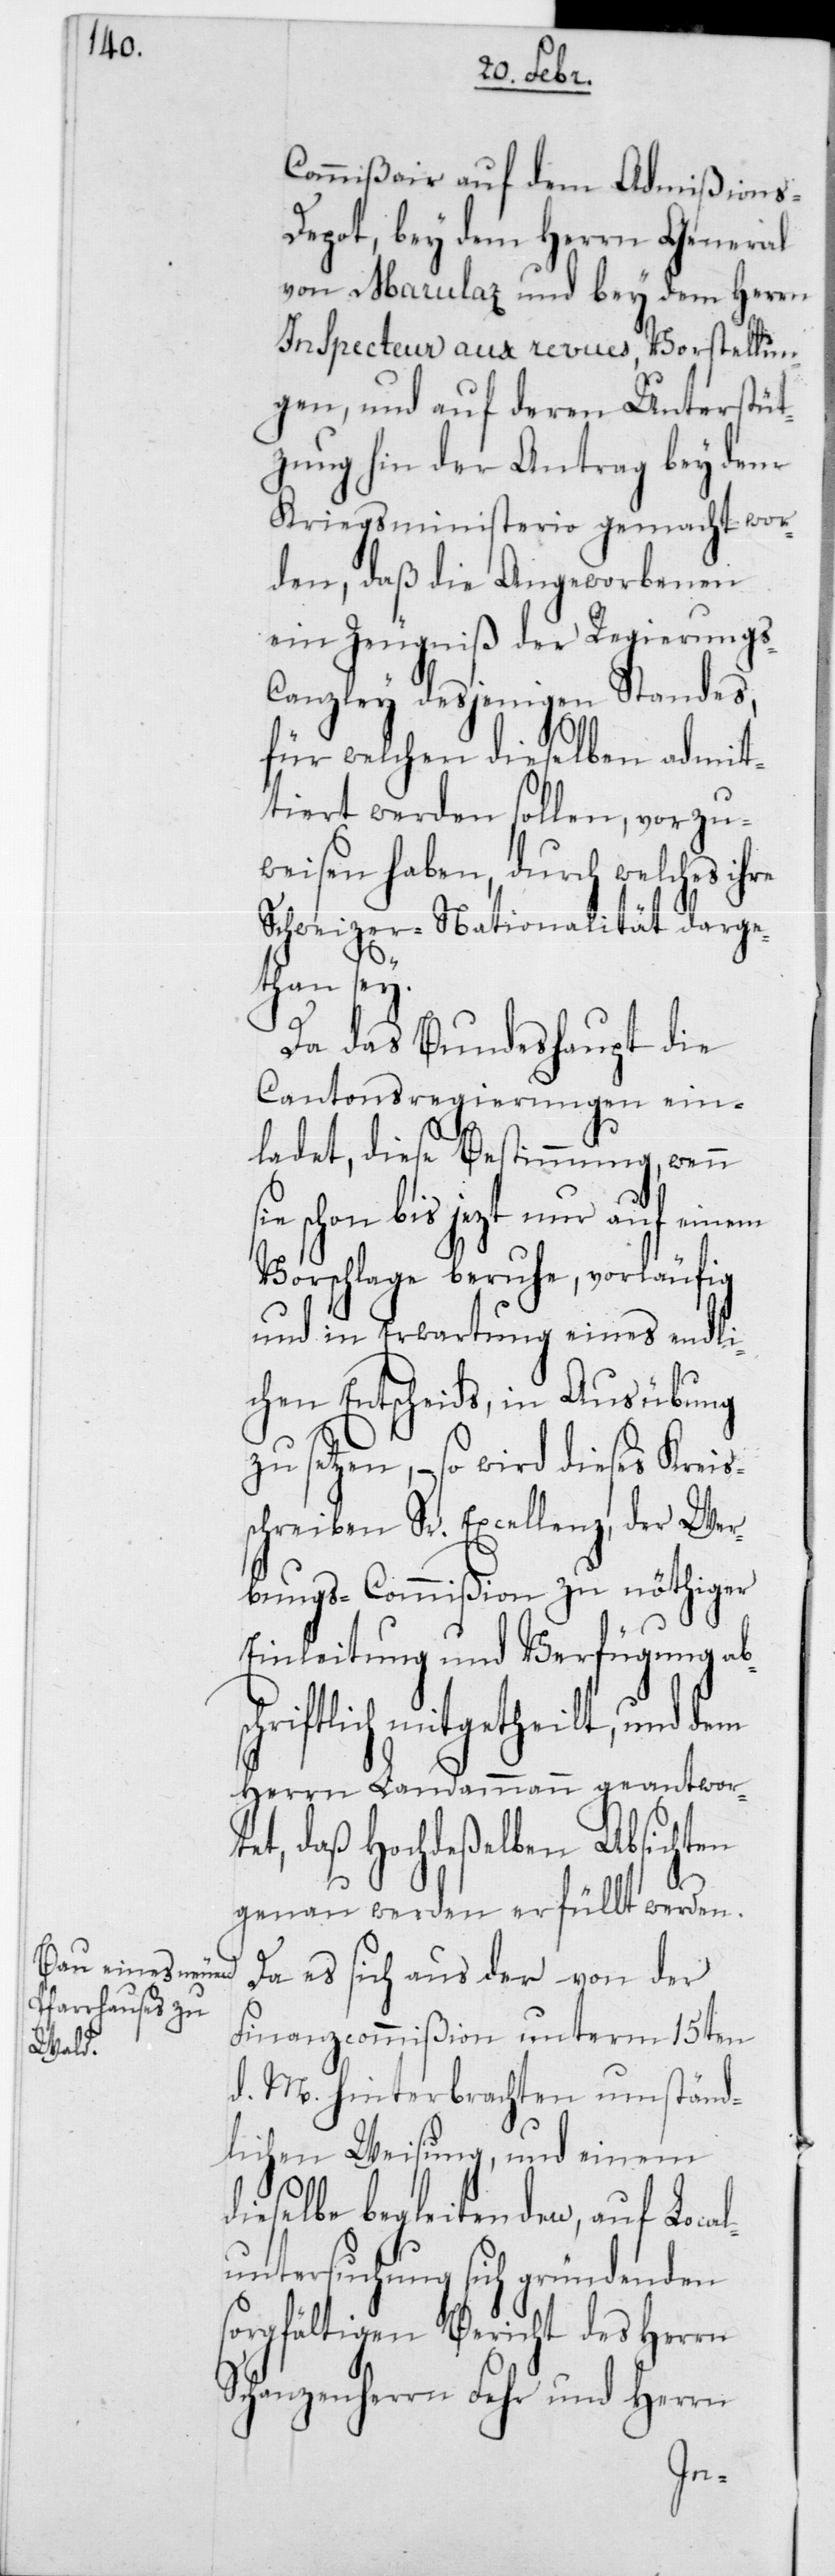
Commißair auf dem Admißions-D¬
epot, bey dem Herrn General
von Marulaz und bey dem Herrn
Inspecteur aux revues, Vorstellun¬
gen, und auf deren Unterstüt¬
zung hin der Antrag bey dem
Kriegsministerio gemacht wor¬
den, daß die Angeworbenen
ein Zeugniß der Regierung¬
anzley desjenigen Standes,
für welchen dieselben admit¬
tiert werden sollen, vorzu¬
weisen haben, durch welches
Schweizer-Nationalität darge¬
s¬
than sey.
Da das Bundeshaupt die
Cantonsregierungen ein¬
ladet, diese Bestimmung, wenn
ie schon bis jetzt nur auf einem
Vorschlage beruhe, vorläufig
und in Erwartung eines endli¬
chen Entscheids, in Ausübung
zu setzen, so wird dieses Kreis¬
schreiben Sr. Excellenz, der Wer¬
bungs-Commißion zu nöthiger
Einleitung und Verfügung ab¬
schriftlich mitgetheilt, und dem
Herrn Landammann geantwor¬
tet, daß Hochdeßelben Absichten
genau werden erfüllt werden.
Da es sich aus der von der
Finanzcommißion unterm 15ten
d. M. hinterbrachten umständ¬
lichen Weisung, und einem
dieselbe begleitenden, auf Local¬
untersuchung sich gründenden
sorgfältigen Bericht des Herrn
Schanzenherrn Fehr und Herrn